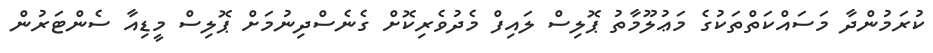
ކުރަމުންދާ މަސައްކަތްތަކުގެ މަޢުލޫމާތު ޕޮލިސް ލައިފް މެދުވެރިކޮށް ގެނެސްދިނުމަށް ޕޮލިސް މީޑިއާ ސެންޓަރުން